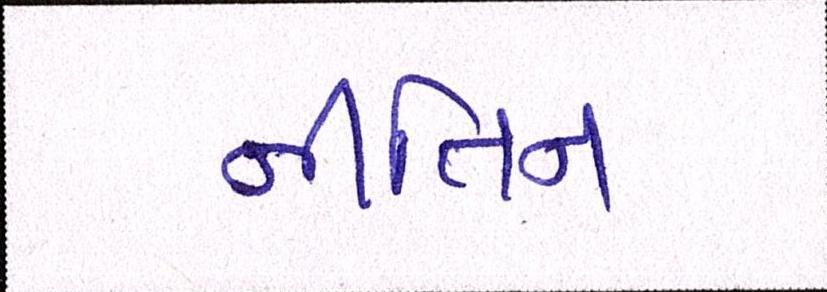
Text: નીતિન